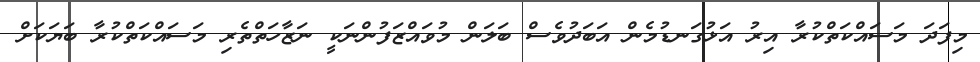
މިފަދަ މަސައްކަތްކުރާ އިރު އަޅުގަނޑުމެން އަބަދުވެސް ބަލަން މުވައްޒަފުންނަކީ ނަޒާހަތްތެރި މަސައްކަތްކުރާ ބަޔަކަށް